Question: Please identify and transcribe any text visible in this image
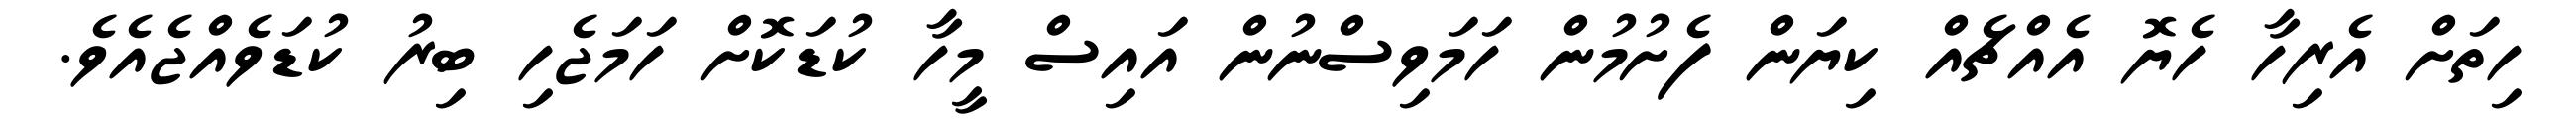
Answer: ހިތަށް އެރިހާ ހެޔޮ އެއްޗެއް ކިޔަން ފެށުމުން ހަމަވިސްނުން އައިސް މީހާ ކުޑަކޮށް ހަމަޖެހި ބިރު ކުޑަވެއްޖެއެވެ.